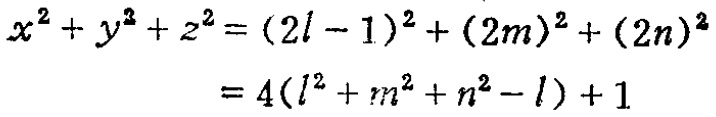
\[

\begin{align*}

x^{2}+y^{2}+z^{2}&=(2l - 1)^{2}+(2m)^{2}+(2n)^{2}\\

&=4(l^{2}+m^{2}+n^{2}-l)+1

\end{align*}

\]